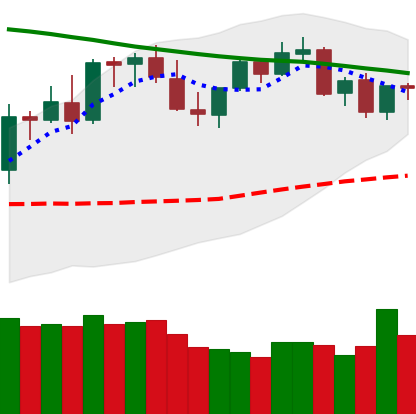
Ticker: LTC-USD
Chart end date: 2021-08-28
Forward return: 4.653%
Label: up_3_5